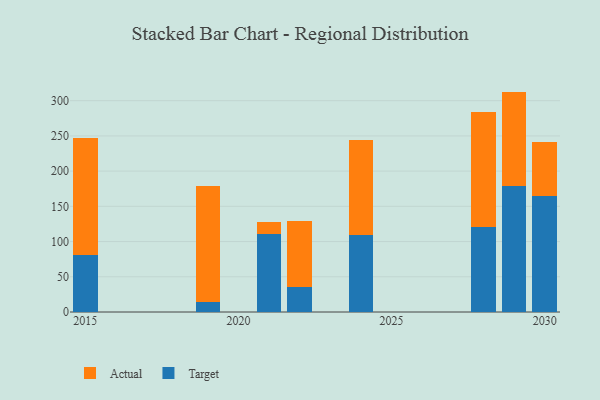
{"axis": {"x": "Year", "y": "Backlog"}, "legend": ["Actual", "Target"], "data": [{"x": "2019", "y": 13.7, "type": "Target"}, {"x": "2019", "y": 164.5, "type": "Actual"}, {"x": "2030", "y": 164.8, "type": "Target"}, {"x": "2030", "y": 76.3, "type": "Actual"}, {"x": "2015", "y": 81.6, "type": "Target"}, {"x": "2015", "y": 165.7, "type": "Actual"}, {"x": "2022", "y": 35.6, "type": "Target"}, {"x": "2022", "y": 93.2, "type": "Actual"}, {"x": "2021", "y": 111.4, "type": "Target"}, {"x": "2021", "y": 16.1, "type": "Actual"}, {"x": "2028", "y": 120.6, "type": "Target"}, {"x": "2028", "y": 163.1, "type": "Actual"}, {"x": "2029", "y": 179.2, "type": "Target"}, {"x": "2029", "y": 133.7, "type": "Actual"}, {"x": "2024", "y": 109.1, "type": "Target"}, {"x": "2024", "y": 135.3, "type": "Actual"}]}